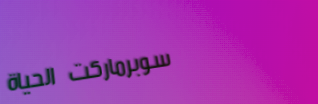
سوبرماركت الحياة